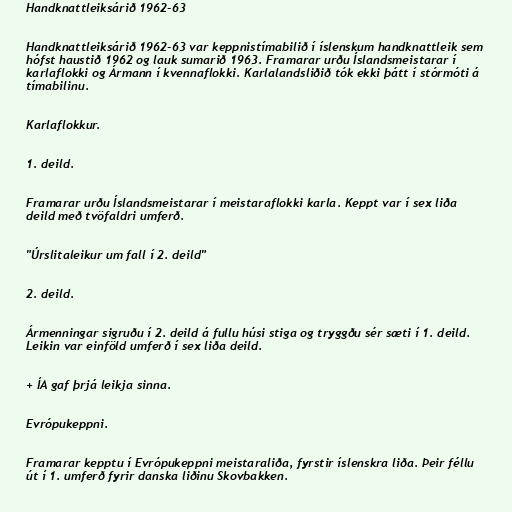
Handknattleiksárið 1962-63

Handknattleiksárið 1962-63 var keppnistímabilið í íslenskum handknattleik sem
hófst haustið 1962 og lauk sumarið 1963. Framarar urðu Íslandsmeistarar í
karlaflokki og Ármann í kvennaflokki. Karlalandsliðið tók ekki þátt í stórmóti á
tímabilinu.

Karlaflokkur.

1. deild.

Framarar urðu Íslandsmeistarar í meistaraflokki karla. Keppt var í sex liða
deild með tvöfaldri umferð.

"Úrslitaleikur um fall í 2. deild"

2. deild.

Ármenningar sigruðu í 2. deild á fullu húsi stiga og tryggðu sér sæti í 1. deild.
Leikin var einföld umferð í sex liða deild.

+ ÍA gaf þrjá leikja sinna.

Evrópukeppni.

Framarar kepptu í Evrópukeppni meistaraliða, fyrstir íslenskra liða. Þeir féllu
út í 1. umferð fyrir danska liðinu Skovbakken.